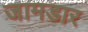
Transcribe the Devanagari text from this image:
जामडार